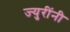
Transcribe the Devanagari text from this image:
ज्युरींनी